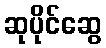
ဆုပိုင်ဆွေ